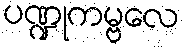
ပဏ္ဍုကမ္ဗလေ